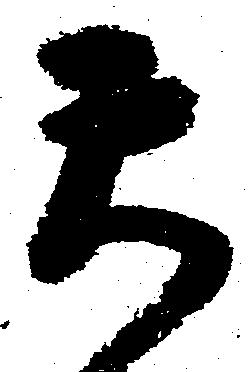
天